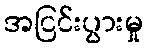
အငြင်းပွားမှု